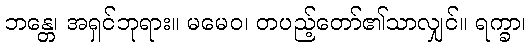
ဘန္တေ၊ အရှင်ဘုရား။ မမေဝ၊ တပည့်တော်၏သာလျှင်။ ရက္ခာ၊